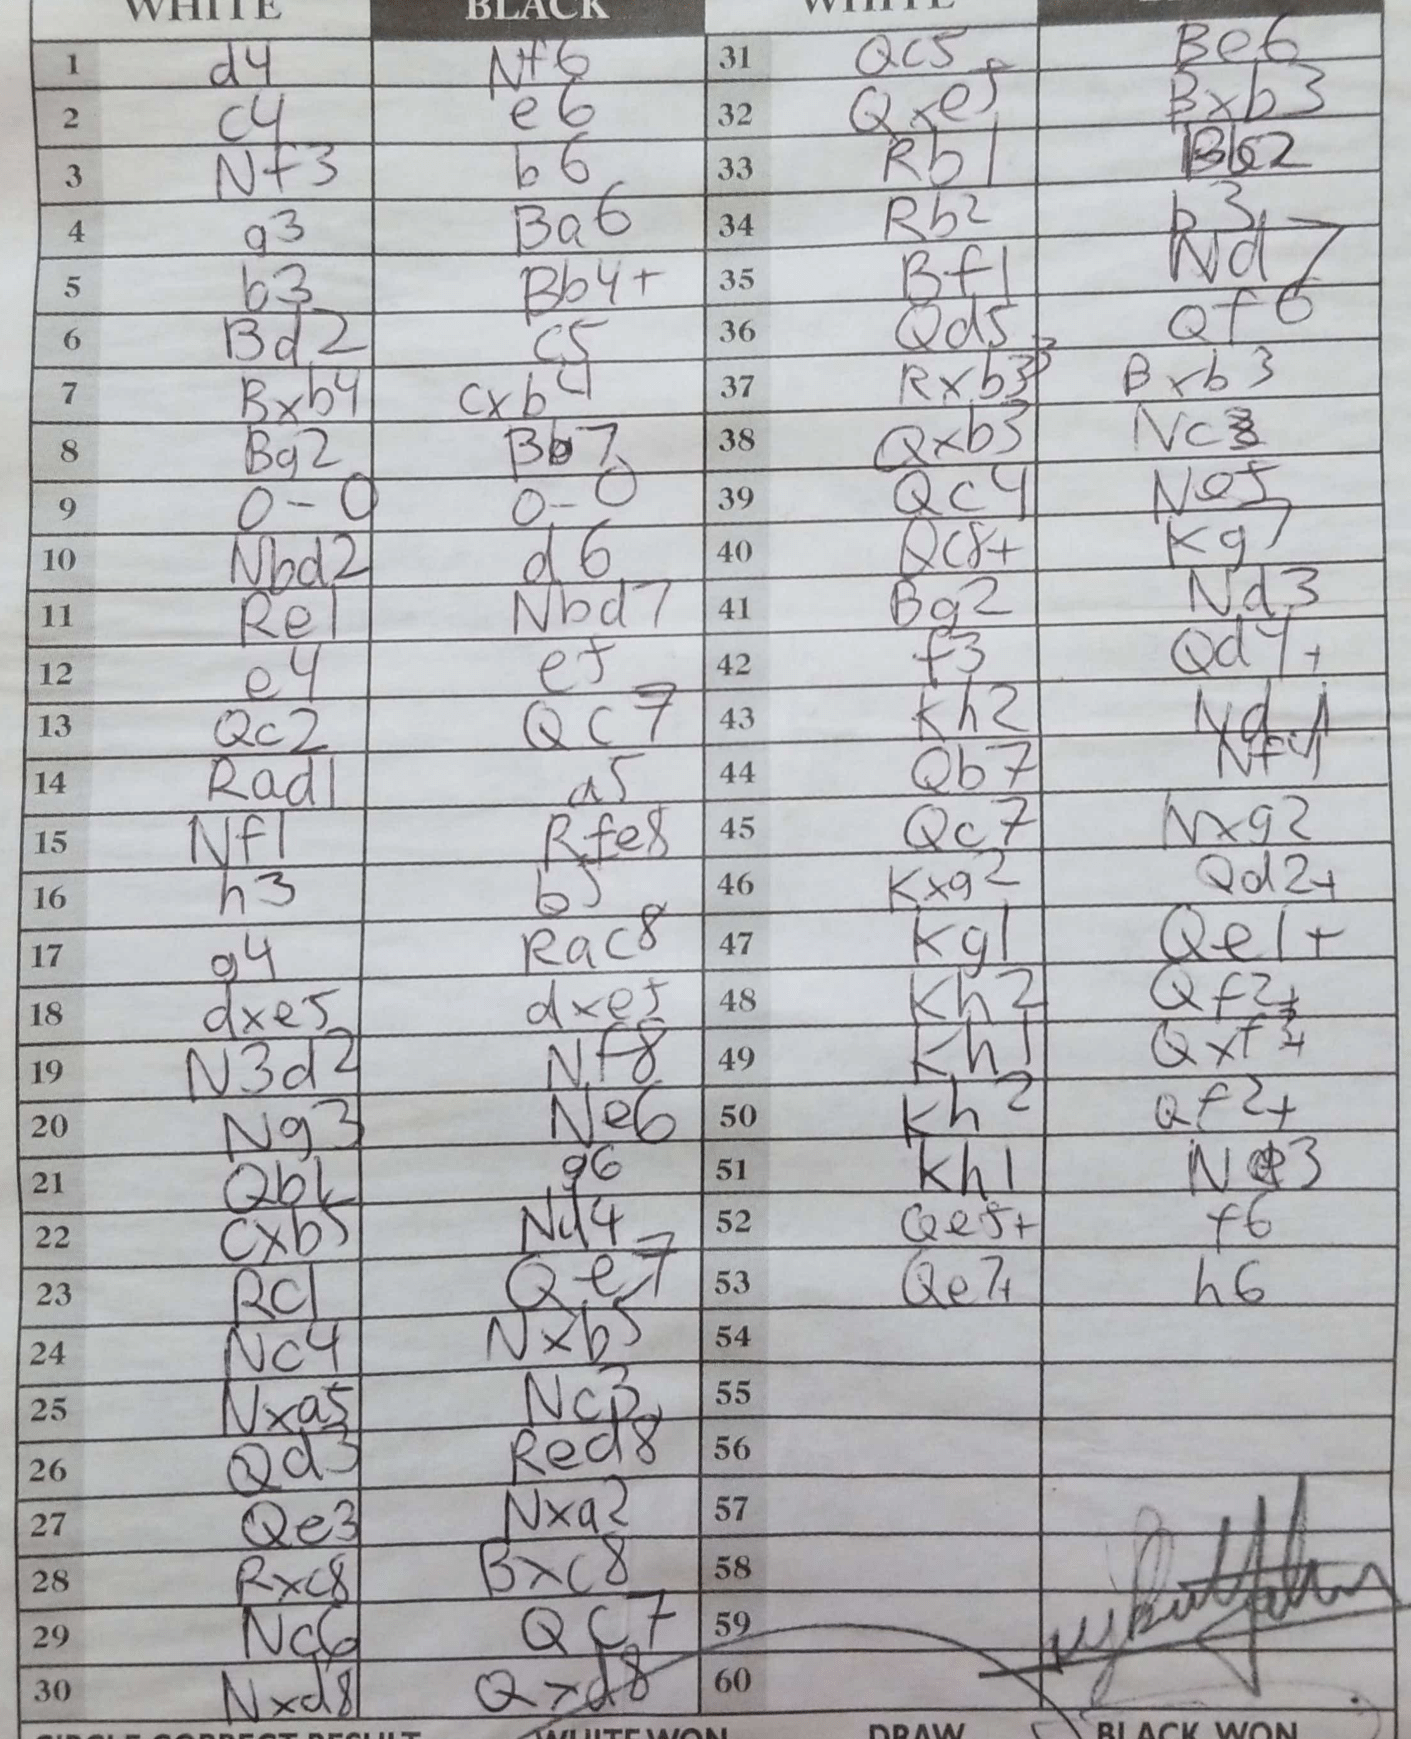
Moves: d4 Nf6 c4 e6 Nf3 b6 g3 Ba6 b3 Bb4+ Bd2 c5 Bxb4 cxb4 Bg2 Bb7 O-O O-O Nbd2 d6 Re1 Nbd7 e4 Qc2 Qc7 Rad1 a5 Nf1 Rfe8 h3 b5 g4 Rac8 dxe5 dxe5 N3d2 Nf8 Ng3 Ne6 Qb1 g6 cxb5 Nd4 Rc1 Qe7 Nc4 Nxb5 Nxa5 Nc3 Qd3 Red8 Qe3 Nxa2 Rxc8 Bxc8 Nc6 Qc7 Nxd8 Qxd8 Qc5 Be6 Qxe5 Bxb3 Rb1 Bb2 Rb2 b3 Bf1 Nd7 Qd5 Qf6 Rxb3 Bxb3 Qxb3 Qc4 Nef Qc8+ Kg7 Bg2 Nd3 f3 Qd4+ Kh2 Nd1 Qb7 Nf4 Qc7 Nxg2 Kxg2 Qd2+ Kg1 Qe11+ Kh2 Qf2+ Kh1 Qxf3+ Kh2 Qf2+ Kh1 Ne3 Qe5+ f6 Qe7+ h6